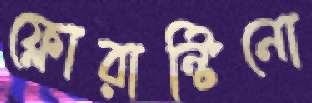
ফ্লোরান্টিনো